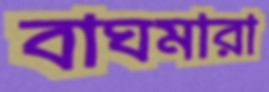
বাঘমারা